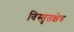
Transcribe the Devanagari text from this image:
विस्तृतक्षेत्र